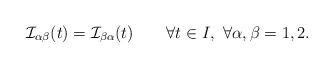
LaTeX: \begin{align*}\mathcal{I}_{\alpha\beta}(t)=\mathcal{I}_{\beta\alpha}(t)\qquad\forall t\in I,\ \forall\alpha,\beta=1,2.\end{align*}